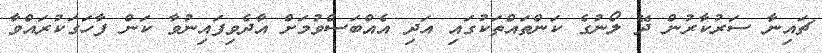
ޗައިނާ ސަރުކާރުން ދޭ ލޯނުގެ ކަންތައްތަކުގައި އަދި އެއްބަސްވުމަށް އާދެވިފައިނުވާ ކަން ފާހަގަކުރައްވާ